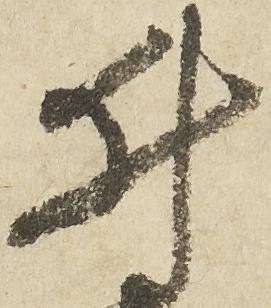
井